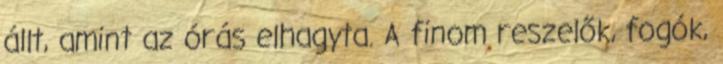
állt, amint az órás elhagyta. A finom reszelők, fogók,